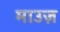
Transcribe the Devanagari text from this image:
माउज़